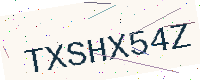
Text: TXSHX54Z